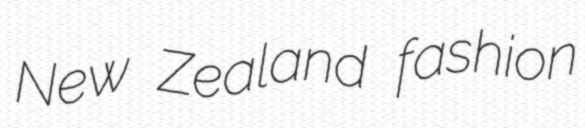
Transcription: New Zealand fashion